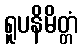
ရူပနိမိတ္တံ